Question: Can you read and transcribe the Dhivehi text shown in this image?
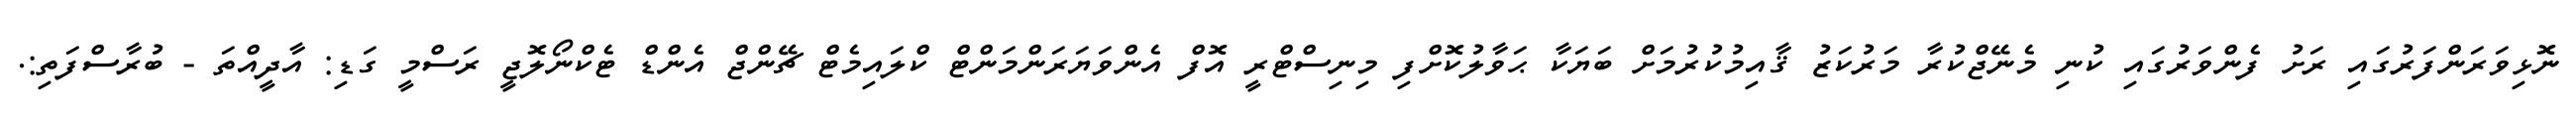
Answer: ނޮޅިވަރަންފަރުގައި ރަށު ފެންވަރުގައި ކުނި މެނޭޖްކުރާ މަރުކަޒު ޤާއިމުކުރުމަށް ބަޔަކާ ޙަވާލުކޮށްފި މިނިސްޓްރީ އޮފް އެންވަޔަރަންމަންޓް ކްލައިމެޓް ޗޭންޖް އެންޑް ޓެކްނޯލޮޖީ ރަސްމީ ގަޑި: އާދީއްތަ - ބުރާސްފަތި:.